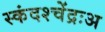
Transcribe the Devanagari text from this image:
स्कंदश्चेंद्रःअ